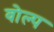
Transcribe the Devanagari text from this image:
वोल्प